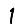
Digit: 1